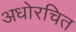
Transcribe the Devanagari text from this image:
अधोरचित